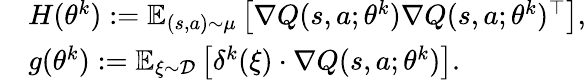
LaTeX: \begin{array}{rl}&{H(\theta^{k}):=\mathbb{E}_{(s,a)\sim\mu}\left[\nabla Q(s,a;\theta^{k})\nabla Q(s,a;\theta^{k})^{\top}\right],}\\ &{g(\theta^{k}):=\mathbb{E}_{\xi\sim\mathcal{D}}\left[\delta^{k}(\xi)\cdot\nabla Q(s,a;\theta^{k})\right].}\end{array}